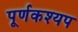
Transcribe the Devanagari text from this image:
पूर्णकश्यप